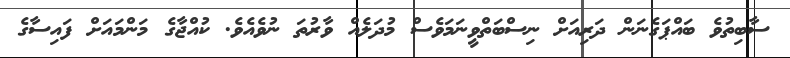
ސާބިތުވެ ބައްޕަގެނަން ދަރިއަށް ނިސްބަތްވީނަމަވެސް މުދަލެއް ވާރުތަ ނުވެއެވެ. ކުއްޖާގެ މަންމައަށް ފައިސާގެ